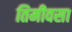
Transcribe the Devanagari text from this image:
तिमीवसा